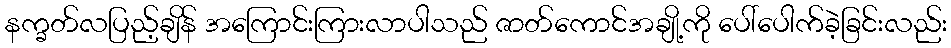
နက္ခတ်လပြည့်ချိန် အကြောင်းကြားလာပါသည် ဇာတ်ကောင်အချို့ကို ပေါ်ပေါက်ခဲ့ခြင်းလည်း